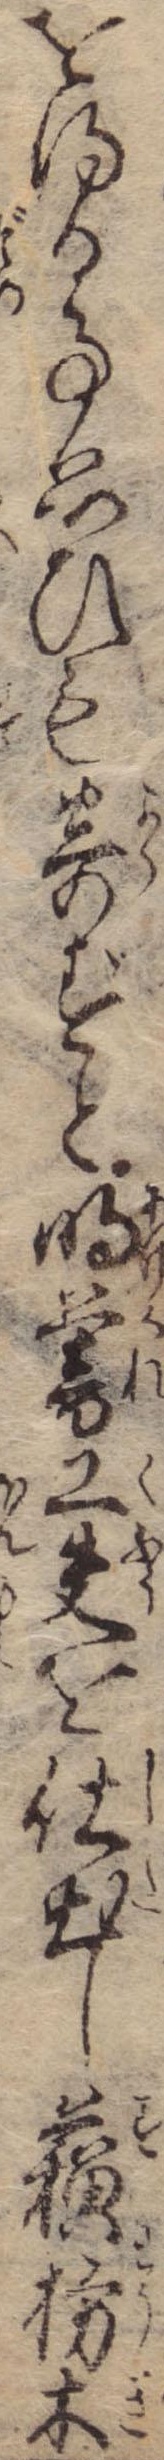
を得る事思ひも寄ずと明暮工夫を仕出し蘇枋木